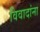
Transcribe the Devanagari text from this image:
विवादांना